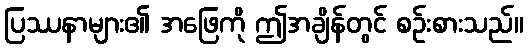
ပြဿနာများ၏ အဖြေကို ဤအချိန်တွင် စဉ်းစားသည်။